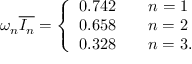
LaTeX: \omega _ { n } \overline { { { { \cal I } _ { n } } } } = \left\{ \begin{array} { l c } { { 0 . 7 4 2 \qquad n = 1 } } \\ { { 0 . 6 5 8 \qquad n = 2 } } \\ { { 0 . 3 2 8 \qquad n = 3 . } } \end{array} \right.